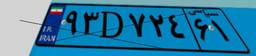
۲۵D۱۵۷۱۴